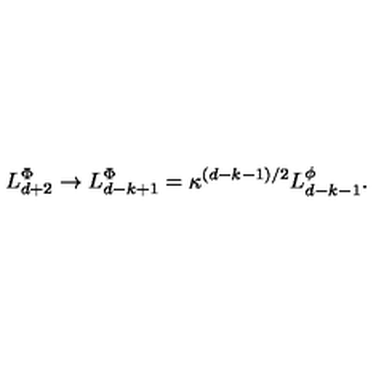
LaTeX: L _ { d + 2 } ^ { \Phi } \rightarrow L _ { d - k + 1 } ^ { \Phi } = \kappa ^ { \left( d - k - 1 \right) / 2 } L _ { d - k - 1 } ^ { \phi } .